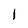
Character: 1